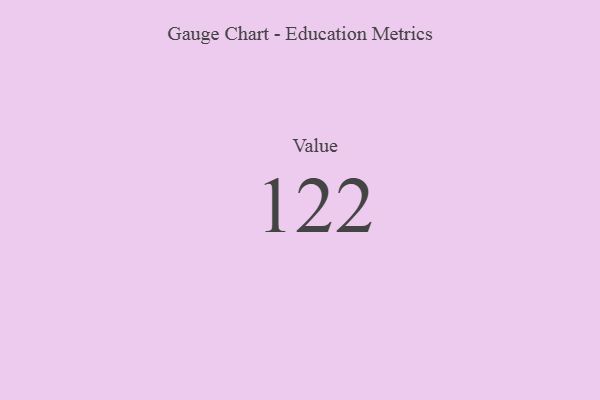
{"axis": {"x": "Metric", "y": "Value"}, "legend": [""], "data": [{"x": "Value", "y": 122, "type": ""}]}